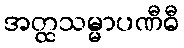
အတ္ထသမ္မာပဏီဓီ